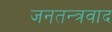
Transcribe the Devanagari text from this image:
जनतन्त्रवाद